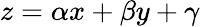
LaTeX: z=\alpha x+\beta y+\gamma